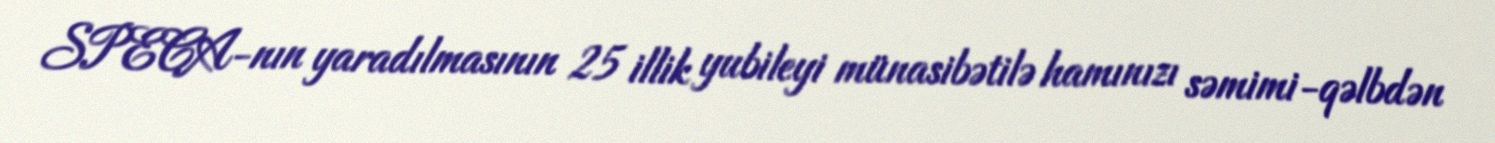
SPECA-nın yaradılmasının 25 illik yubileyi münasibətilə hamınızı səmimi-qəlbdən